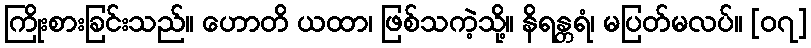
ကြိုးစားခြင်းသည်။ ဟောတိ ယထာ၊ ဖြစ်သကဲ့သို့။ နိရန္တရံ၊ မပြတ်မလပ်။ [၀၇]